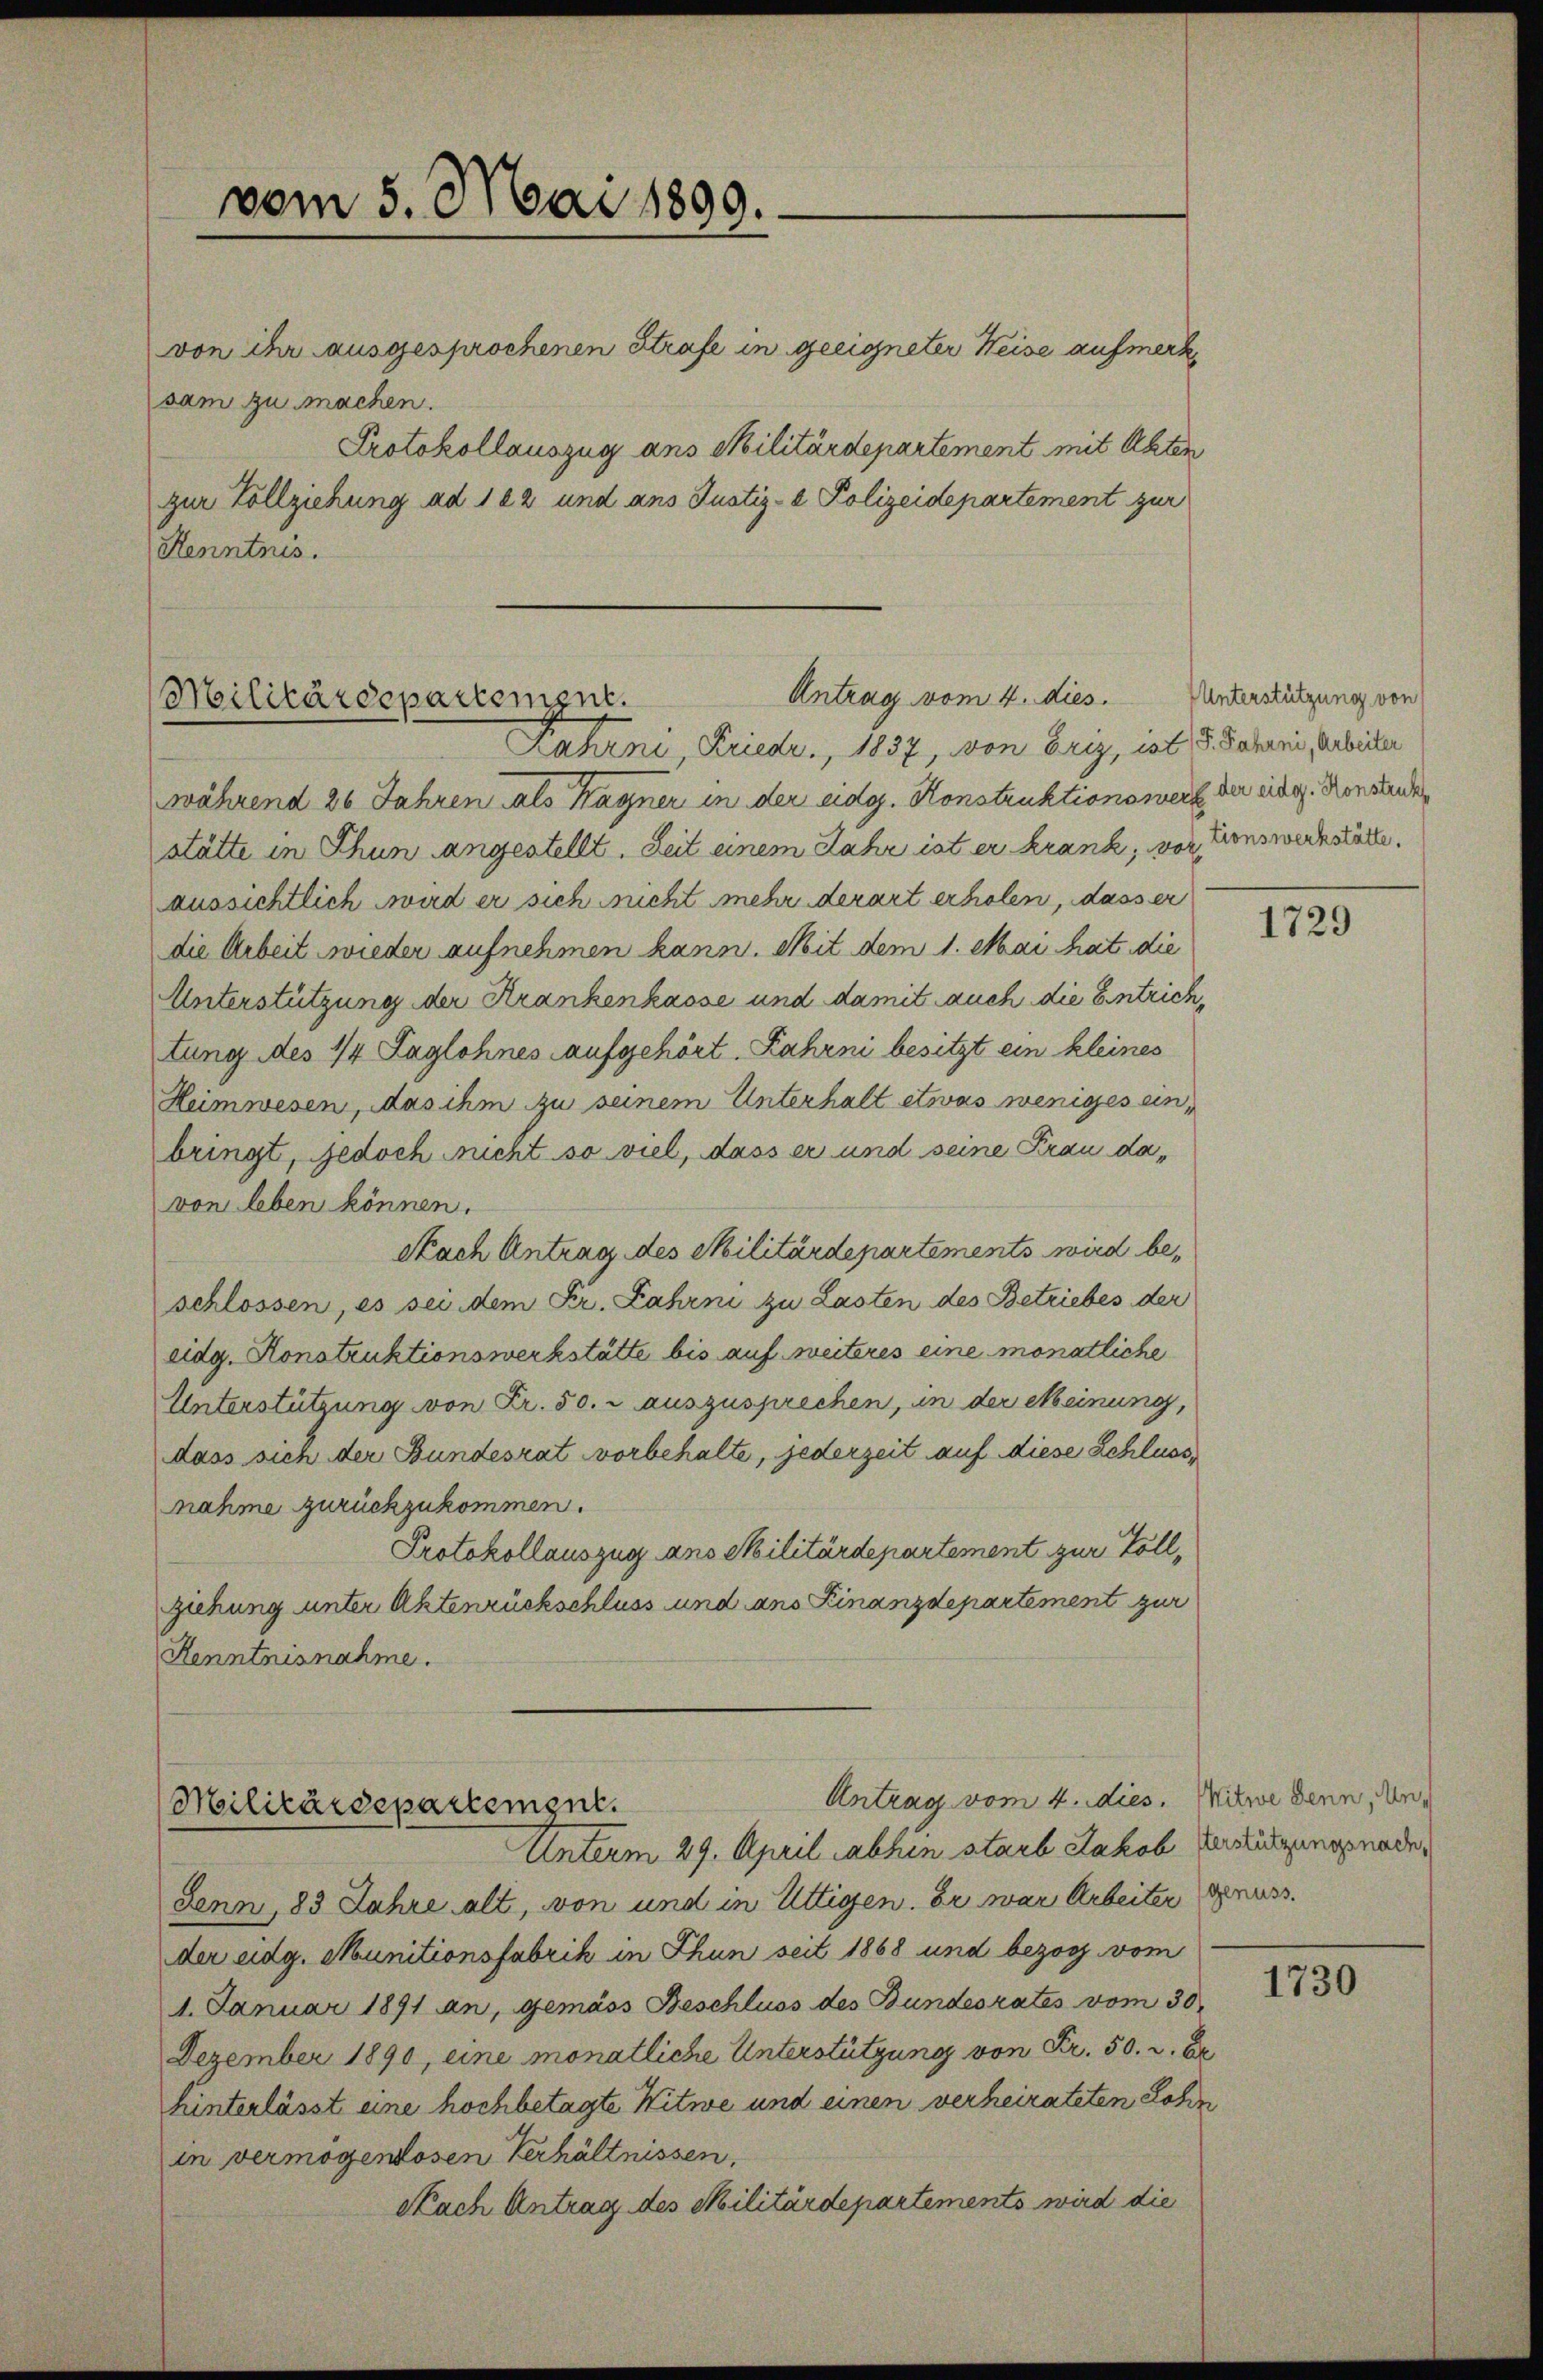
vom 5. Mai 1899.

von ihr ausgesprochenen Strafe in geeigneter Weise aufmerksam zu machen.
Protokollauszug ans Militärdepartement mit Akten
zur Vollziehung ad 102 und ans Justiz- & Polizeidepartement zur
Kenntnis.

Antrag vom 4. dies.
Militärdepartement.

Zahrni, Kriedr., 1837, von Friz, ist, 5. Jahrni, Arbeiter
während 26 Jahren als Kayner in der eidg. Konstruktionswerk der eidg. Konsende
stätte in Thun angestellt. Zeit einem Jahr ist er krank, von Lionswerkstatte.
aussichtlich wird er sich nicht mehr derart erholen, dass er
die Arbeit wieder aufnehmen kann. Mit dem 1. Mai hat die
Unterstützung der Krankenkasse und damit auch die Eintrichtung des 14 Taglohnes aufgehört. Fahrni besitzt ein kleines
Heimwesen, das ihm zu seinem Unterhalt etwas weniges einbringt, jedoch nicht so viel, dass er und seine Frau davon leben können.
Nach Antrag des Militärdepartements wird beschlossen, es sei dem Fr. Zahrni zu Lasten des Betriebes der
eidg. Konstruktionswerkstätte bis auf weiteres eine monatliche
Unterstützung von Fr. 50. r auszusprechen, in der Meinung,
dass sich der Bundesrat vorbehalte, jederzeit auf diese Schlussnahme zurückzukommen.
Protokollauszug ans Militärdepartement zur Vollziehung unter Aktenrückschluss und ans Finanzdepartement zur
Kenntnisnahme.

Antrag vom 4. dies. Mitwe denn, Un¬
Militärdepartement.
Unterm 29. April abhin starb Jakob Verstützengnade

Senn, 83 Jahre alt, von und in Uttigen. Er war Arbeiter genuss.
der eidg. Munitionsfabrik in Thun seit 1868 und bezog vom
4. Januar 1891 an, gemäss Beschluss des Bundesrates vom 30.
Dezember 1890, eine monatliche Unterstützung von Fr. 50. c. br
hinterlässt eine hochbetagte Witwe und einen verheirateten Lohn
in vermögenlosen Verhältnissen.
Nach Antrag des Militärdepartements wird die

Unterstützung von

1729

1730